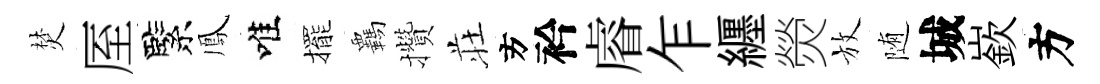
焚厔緊鳳唯擺覊攢荘方衿𥈠乍纒熒放随城嶔方